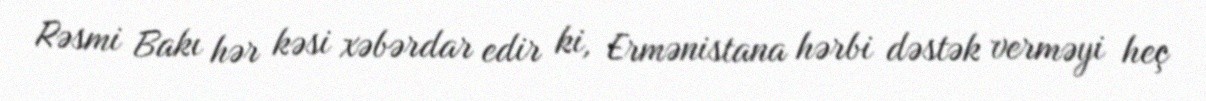
Rəsmi Bakı hər kəsi xəbərdar edir ki, Ermənistana hərbi dəstək verməyi heç